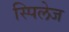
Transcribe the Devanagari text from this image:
स्पिलेज